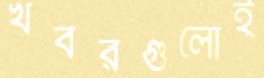
খবরগুলোই